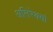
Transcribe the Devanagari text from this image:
अतिरेक्यां